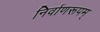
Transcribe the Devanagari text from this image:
निर्वाणरूपम्